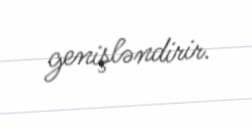
genişləndirir.